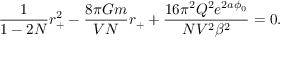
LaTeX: \frac { 1 } { 1 - 2 N } r _ { + } ^ { 2 } - \frac { 8 \pi G m } { V N } r _ { + } + \frac { 1 6 \pi ^ { 2 } Q ^ { 2 } e ^ { 2 a \phi _ { 0 } } } { N V ^ { 2 } \beta ^ { 2 } } = 0 .